Leaving Certificate Examination, 1918
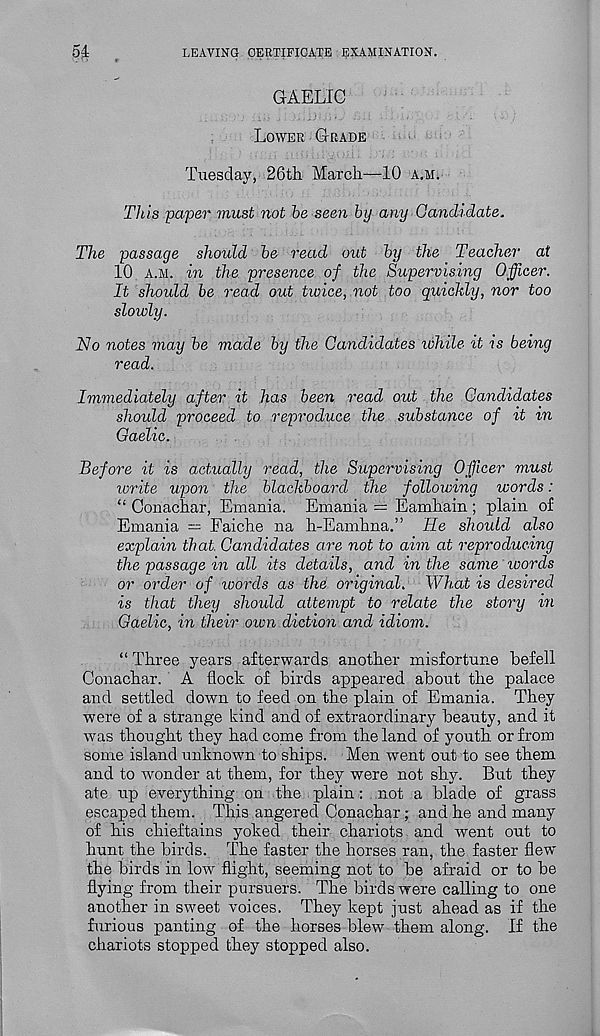
54
LEAVING CERTIFICATE EXAMINATION.
GAELIC
Lower Grade
Tuesday, 26th March—10 a.m.
This paper must not he seen by any Gandidate,
The passage should he read out by the Teacher at
10 a.m. in the presence of the Supervising Officer.
It should be read out twice, not too quickly, nor too
slowly.
No notes may he made by the Candidates ivhile it is being
read.
Immediately after it has been read out the Candidates
should proceed to reproduce the substance of it in
Gaelic.
Before it is actually read, the Supervising Officer must
write upon the blackboard the following words:
“ Conachar, Emania. Emania = Eamhain ; plain of
Emania = Faiche na h-Eamhna.” He should also
explain that. Candidates are not to aim at reproducing
the passage in all its details, and in the same words
or order of tvords as the original. What is desired
is that they should attempt to relate the story in
Gaelic, in their own diction and idiom.
“ Three years afterwards another misfortune befell
Conachar. A flock of birds appeared about the palace
and settled down to feed on the plain of Emania. They
were of a strange kind and of extraordinary beauty, and it
was thought they had come from the land of youth or from
some island unknown to ships. Men went out to see them
and to wonder at them, for they were not shy. But they
ate up everything on the plain: not a blade of grass
escaped them. This angered Conachar; and he and many
of his chieftains yoked their chariots and went out to
hunt the birds. The faster the horses ran, the faster flew
the birds in low flight, seeming not to be afraid or to be
flying from their pursuers. The birds were calling to one
another in sweet voices. They kept just ahead as if the
furious panting of the horses blew them along. If the
chariots stopped they stopped also.